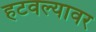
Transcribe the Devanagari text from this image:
हटवल्यावर